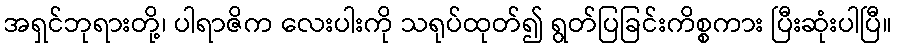
အရှင်ဘုရားတို့၊ ပါရာဇိက လေးပါးကို သရုပ်ထုတ်၍ ရွတ်ပြခြင်းကိစ္စကား ပြီးဆုံးပါပြီ။